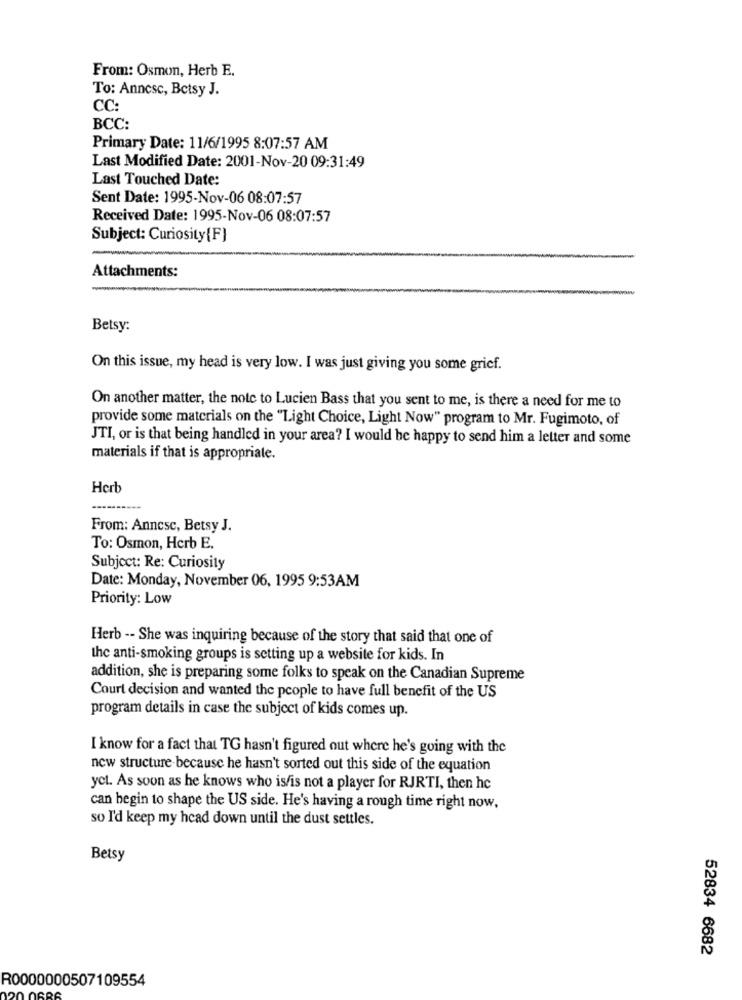
From: Osmon, Herb E.
To: Anncsc, Betsy J.
CC:
BCC:
Primary Date: 11/6/1995 8:07:57 AM
Last Modified Date: 2001-Nov-20 09:31:49
Last Touched Date:
Sent Date: 1995-Nov-06 08:07:57
Received Date: 1995-Nov-06 08:07:57
Subject: Curiosity{F}
Attachments:
Betsy:
On this issue, my head is very low. I was just giving you some grief.
On another matter, the note to Lucien Bass that you sent to me, is there a need for me to
provide some materials on the "Light Choice, Light Now" program to Mr. Fugimoto, of
JTI, or is that being handled in your area? I would be happy to send him a letter and some
materials if that is appropriate.
Herb
From: Anncsc, Betsy J.
To: Osmon, Herb E.
Subject: Re: Curiosity
Date: Monday, November 06, 1995 9:53AM
Priority: Low
Herb -- She was inquiring because of the story that said that one of
the anti-smoking groups is setting up a website for kids. In
addition, she is preparing some folks to speak on the Canadian Supreme
Court decision and wanted the people to have full benefit of the US
program details in case the subject of kids comes up.
I know for a fact that TG hasn't figured out where he's going with the
new structure because he hasn't sorted out this side of the equation
yet. As soon as he knows who is/is not a player for RJRTI, then hc
can begin to shape the US side. He's having a rough time right now,
so I'd keep my head down until the dust settles.
Betsy
52834 6682
R0000000507109554